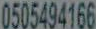
0505494166